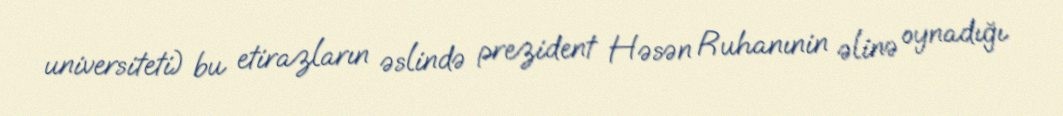
universiteti) bu etirazların əslində prezident Həsən Ruhanınin əlinə oynadığı